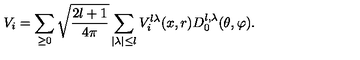
V _ { i } = \sum _ { \geq 0 } \sqrt { \frac { 2 l + 1 } { 4 \pi } } \sum _ { \mid \lambda \mid \leq l } V _ { i } ^ { l \lambda } ( x , r ) D _ { 0 } ^ { l , \lambda } ( \theta , \varphi ) .